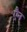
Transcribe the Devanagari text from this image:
एैन